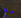
مع